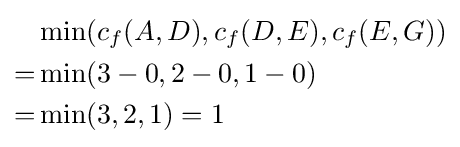
{\begin{aligned}&\min(c_{f}(A,D),c_{f}(D,E),c_{f}(E,G))\\=&\min(3-0,2-0,1-0)\\=&\min(3,2,1)=1\end{aligned}}